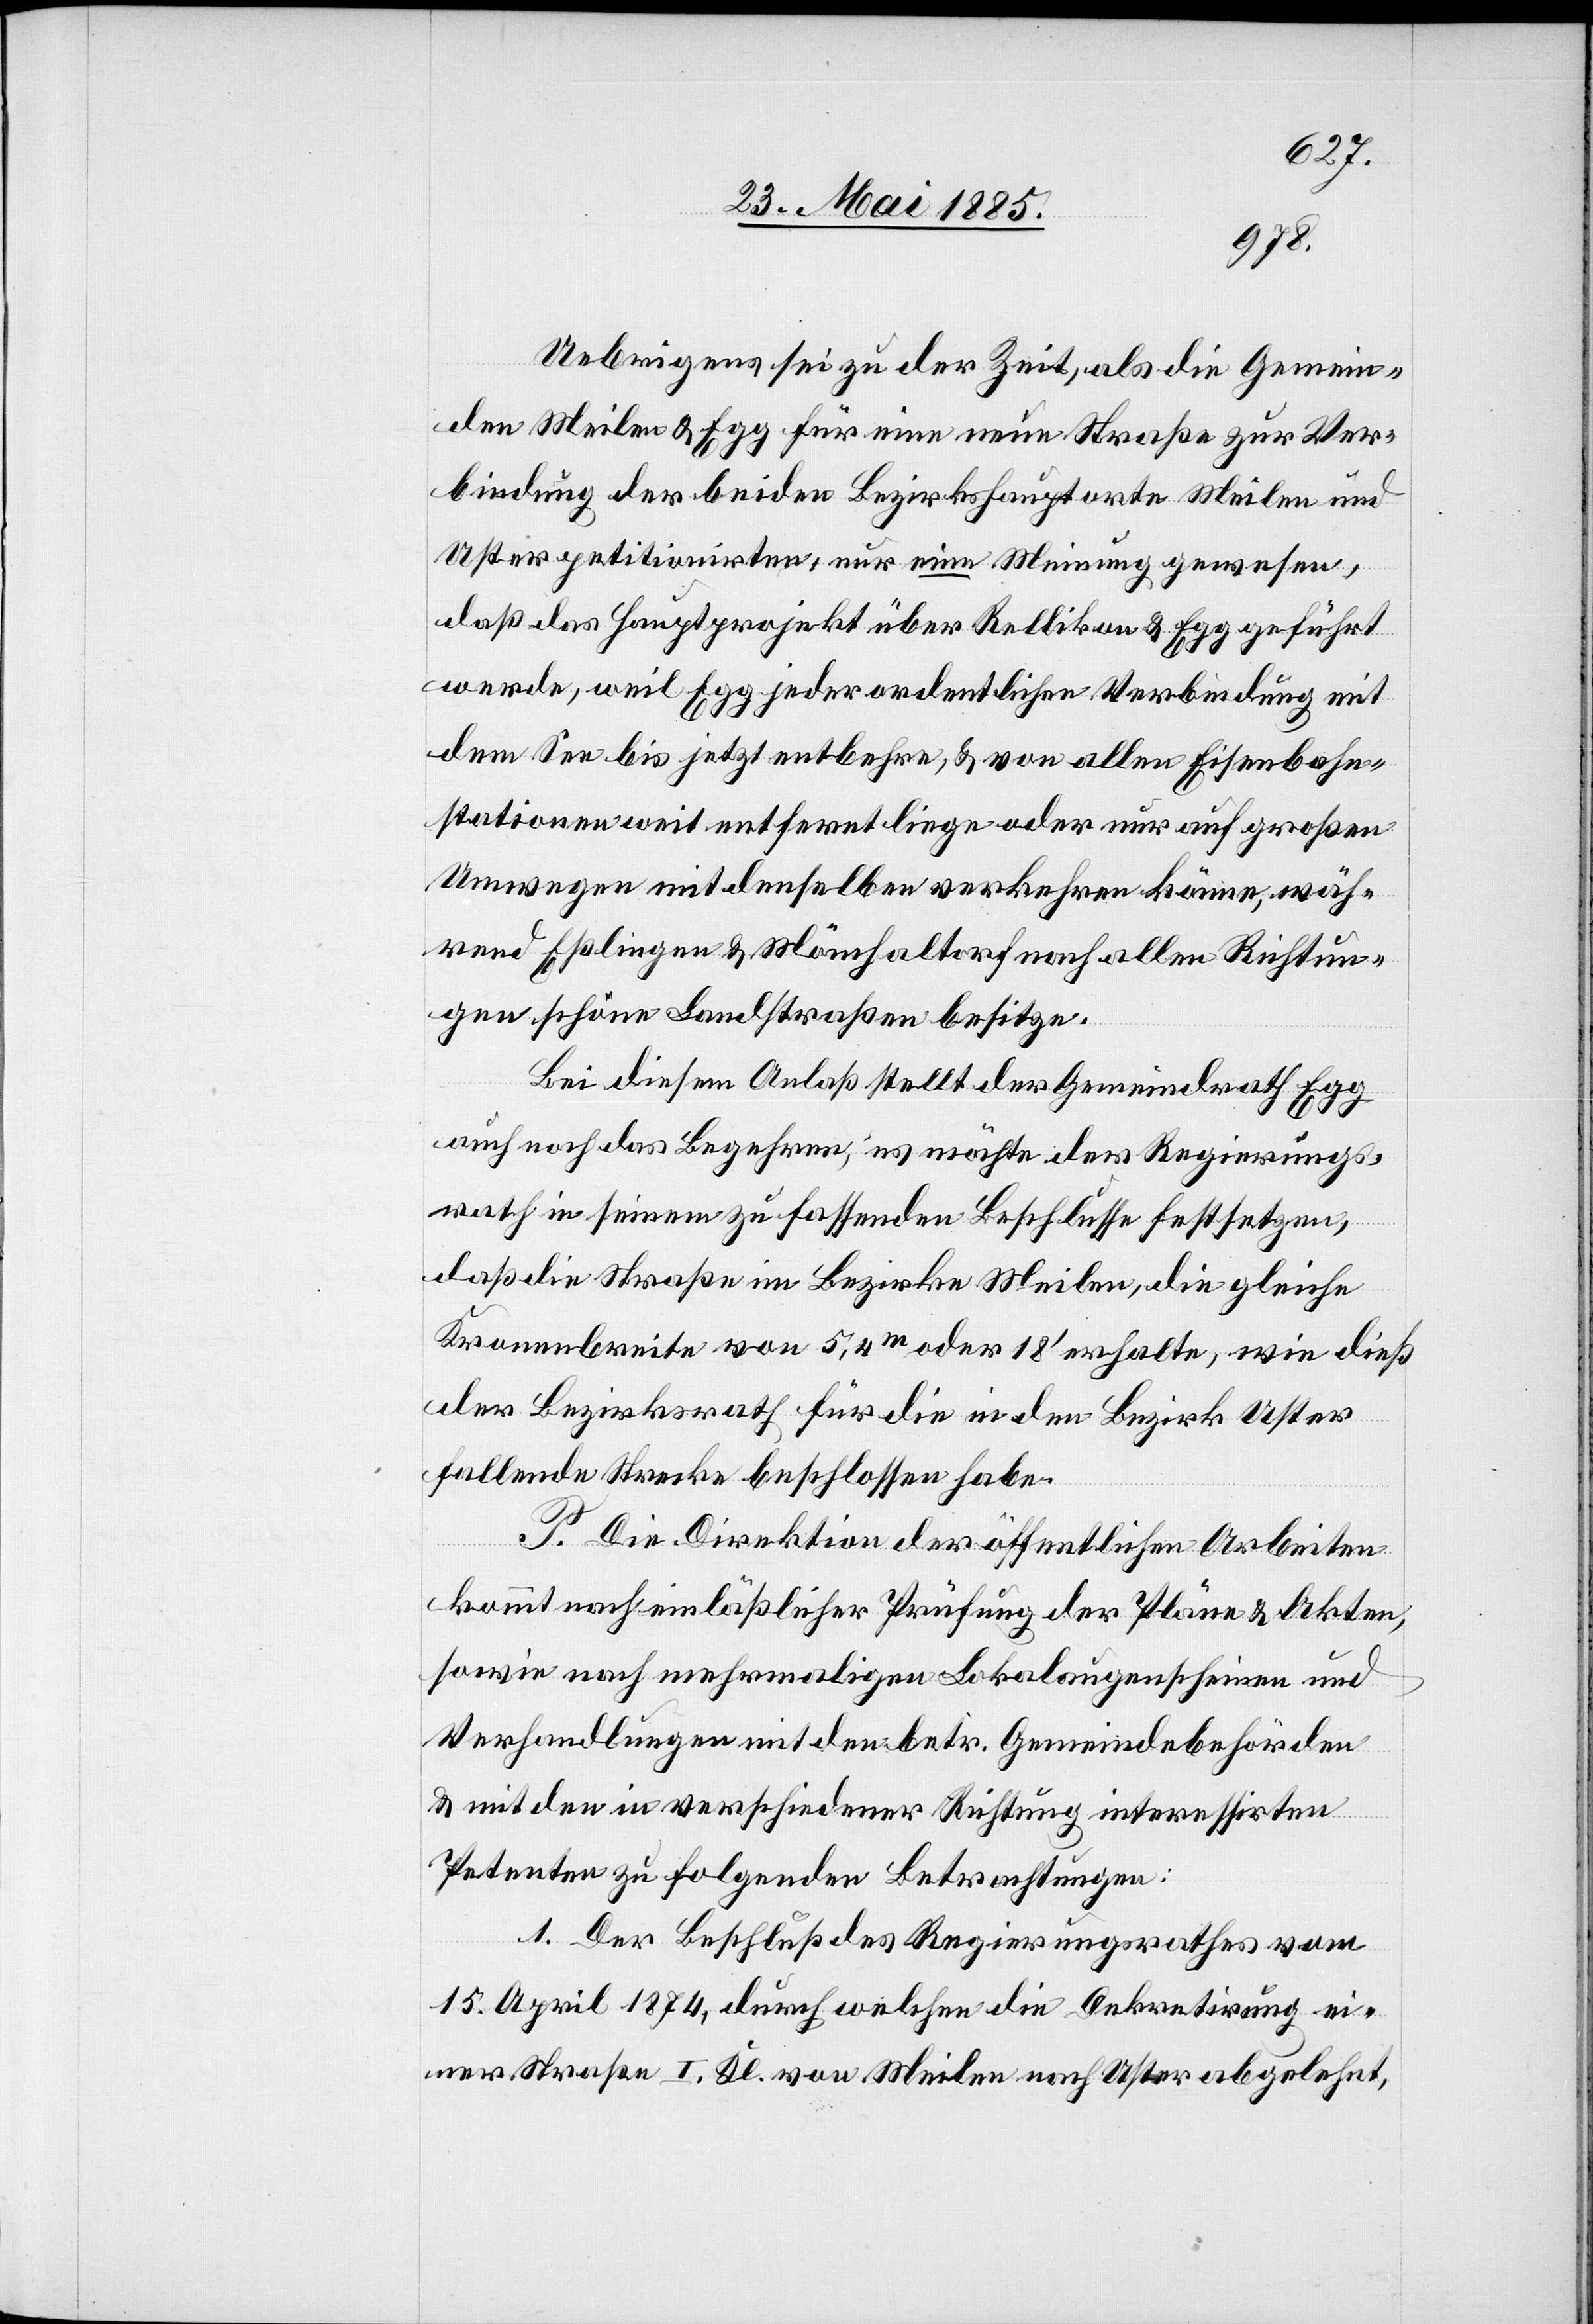
Uebrigens sei zu der Zeit, als die Gemein¬
den Meilen & Egg für eine neue Straße zur Ver¬
bindung der beiden Bezirkshauptorte Meilen und
Uster petitionirten, nur eine Meinung gewesen,
daß das Hauptprojekt über Rellikon & Egg geführt
werde, weil Egg jeder ordentlichen Verbindung mit
dem See bis jetzt entbehre, & von allen Eisenbahn¬
stationen weit entfernt liege oder nur auf großen
Umwegen mit denselben verkehren könne, wäh¬
rend Eßlingen & Mönchaltorf nach allen Richtun¬
gen schone Landstraßen besitze.
Bei diesem Anlaß stellt der Gemeindrath Egg
auch noch das Begehren, es möchte der Regierungs¬
rath in seinem zu fassenden Beschlusse festsetzen,
daß die Straße im Bezirke Meilen, die gleiche
Kronenbreite von 5,4 m oder 18’ erhalte, wie dieß
der Bezirksrath für die in den Bezirk Uster
fallende Strecke beschlossen habe.
P. Die Direktion der öffentlichen Arbeiten
kommt nach einläßlicher Prüfung der Pläne & Akten,
sowie nach mehrmaligen Lokalaugenscheinen und
Verhandlungen mit den betr. Gemeindebehörden
& mit den in verschiedener Richtung interessirten
Petenten zu folgenden Betrachtungen:
1. Der Beschluß des Regierungsrathes vom
15. April 1874, durch welchen die Dekretirung ei¬
ner Straße I. Kl. von Meilen nach Uster abgelehnt,